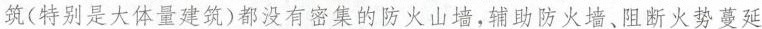
筑(特别是大体量建筑)都没有密集的防火山墙，辅助防火墙、阻断火势蔓延